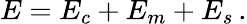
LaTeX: E=E_{c}+E_{m}+E_{s}\, .